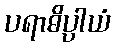
ပရာဓိပ္ပါယံ